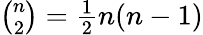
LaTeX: \textstyle{{\binom{n}{2}}={\frac{1}{2}}n(n-1)}